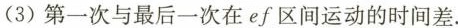
(3)第一次与最后一次在ef区间运动的时间差.